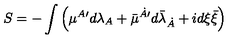
S = - \int \left( { \mu } { } ^ { A \prime } d \lambda _ { A } + \bar { \mu } { } ^ { \dot { A } \prime } d { \bar { \lambda } } _ { \dot { A } } + i d { \xi } \bar { \xi } \right)